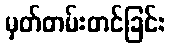
မှတ်တမ်းတင်ခြင်း